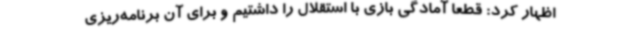
اظهار کرد: قطعا آمادگی بازی با استقلال را داشتیم و برای آن برنامه‌ریزی